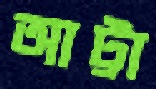
আট্টা